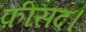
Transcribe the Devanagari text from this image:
फ़ीसद।